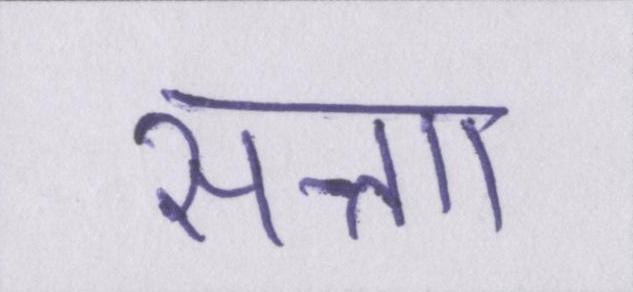
सत्ताा